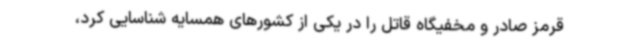
قرمز صادر و مخفیگاه قاتل را در یکی از کشورهای همسایه شناسایی کرد،